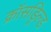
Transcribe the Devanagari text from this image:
क्रॉसड्रिल्ड